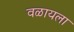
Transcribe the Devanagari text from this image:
वळायला